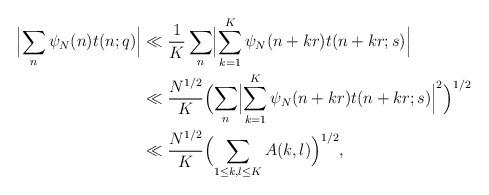
LaTeX: \begin{align*} \Bigl|\sum_n \psi_N(n) t(n;q)\Bigr| &\ll \frac{1}{K} \sum_n \Bigl|\sum_{k=1}^K \psi_N(n+kr) t(n+kr;s) \Bigr| \\ & \ll \frac{N^{1/2}}{K} \Bigl(\sum_n \Bigl|\sum_{k=1}^K \psi_N(n+kr) t(n+kr;s)\Bigr|^2\Bigr)^{1/2}\\ &\ll \frac{N^{1/2}}{K} \Bigl(\sum_{1\leq k,l\leq K}A(k,l)\Bigr)^{1/2},\end{align*}